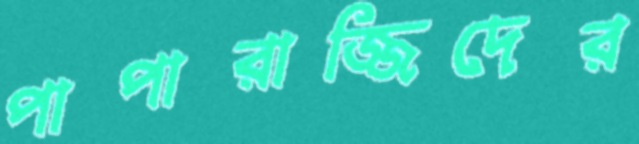
পাপারাজ্জিদের